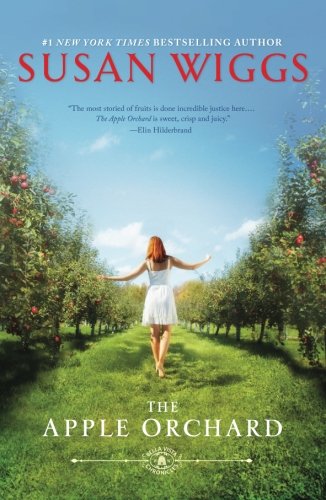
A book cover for The Apple Orchard (The Bella Vista Chronicles); Susan Wiggs; Literature & Fiction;